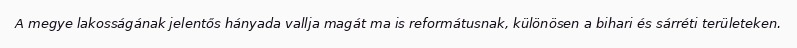
A megye lakosságának jelentős hányada vallja magát ma is reformátusnak, különösen a bihari és sárréti területeken.